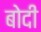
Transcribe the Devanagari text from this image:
बोदी